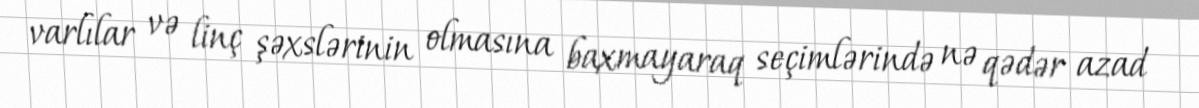
varlılar və linç şəxslərinin olmasına baxmayaraq seçimlərində nə qədər azad